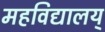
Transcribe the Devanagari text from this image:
महविद्यालय्